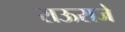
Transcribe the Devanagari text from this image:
राऊराजे